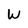
Character: W